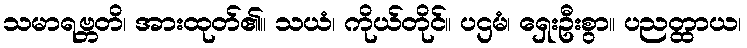
သမာရဗ္ဘတိ၊ အားထုတ်၏။ သယံ၊ ကိုယ်တိုင်။ ပဌမံ၊ ရှေးဦးစွာ။ ပညတ္ထာယ၊